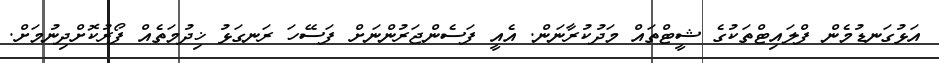
އަޅުގަނޑުމެން ފްލައިޓްތަކުގެ ޝީޓްތައް މަދުކުރާނަން. އެއީ ފަސެންޖަރުންނަށް ފަސޭހަ ރަނގަޅު ޚިދުމަތެއް ފޯރުކޮށްދިނުމަށް.